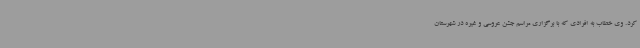
کرد. وی خطاب به افرادی که با برگزاری مراسم جشن عروسی و غیره در شهرستان